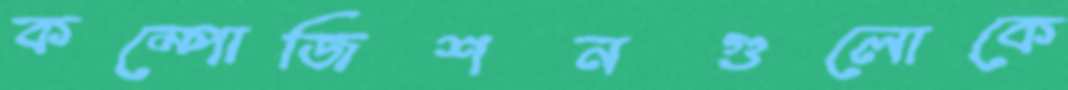
কম্পোজিশনগুলোকে